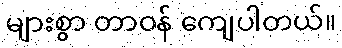
များစွာ တာဝန် ကျေပါတယ်။